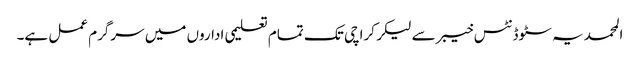
المحمدیہ سٹوڈنٹس خیبر سے لیکر کراچی تک تمام تعلیمی اداروں میں سرگرم عمل ہے۔